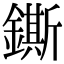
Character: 鐁